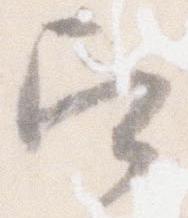
召